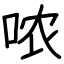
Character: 哝